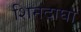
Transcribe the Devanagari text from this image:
शिनदाघा